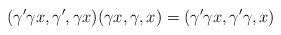
LaTeX: \begin{gather*}(\gamma' \gamma x, \gamma', \gamma x)(\gamma x, \gamma, x)=(\gamma'\gamma x, \gamma'\gamma, x)\end{gather*}